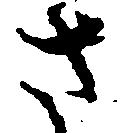
さ